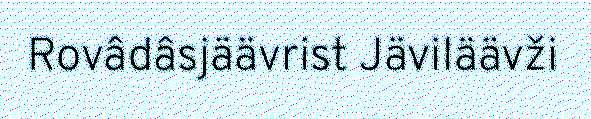
Rovâdâsjäävrist Jäviläävži